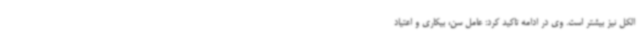
الکل نیز بیشتر است. وی در ادامه تاکید کرد: عامل سن، بیکاری و اعتیاد